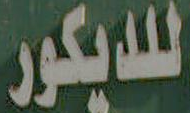
للديكور